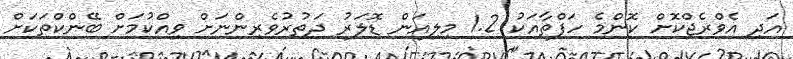
އަދި އެވްރެޖްކޮށް ކޮންމެ ހަފްތާއަކު 1.2 މިލިއަން ޑޮލަރު ދަތުރުވެރިންނަށް ވިއްކުމަށް ބޭންކްތަކަށް